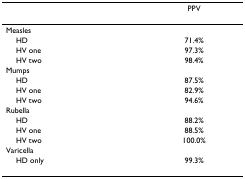
<table><thead><tr><td></td><td><b>PPV</b></td></tr></thead><tbody><tr><td>Measles</td><td></td></tr><tr><td> HD</td><td>71.4%</td></tr><tr><td> HV one</td><td>97.3%</td></tr><tr><td> HV two</td><td>98.4%</td></tr><tr><td>Mumps</td><td></td></tr><tr><td> HD</td><td>87.5%</td></tr><tr><td> HV one</td><td>82.9%</td></tr><tr><td> HV two</td><td>94.6%</td></tr><tr><td>Rubella</td><td></td></tr><tr><td> HD</td><td>88.2%</td></tr><tr><td> HV one</td><td>88.5%</td></tr><tr><td> HV two</td><td>100.0%</td></tr><tr><td>Varicella</td><td></td></tr><tr><td> HD only</td><td>99.3%</td></tr></tbody></table>